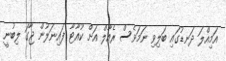
އަމިއްލަ ދަނޑުގައި ބަލިވި ނަމަވެސް ރެއާލް އަށް ކުއާޓާ ފައިނަލުން ޖާގަ ލިބުނީ